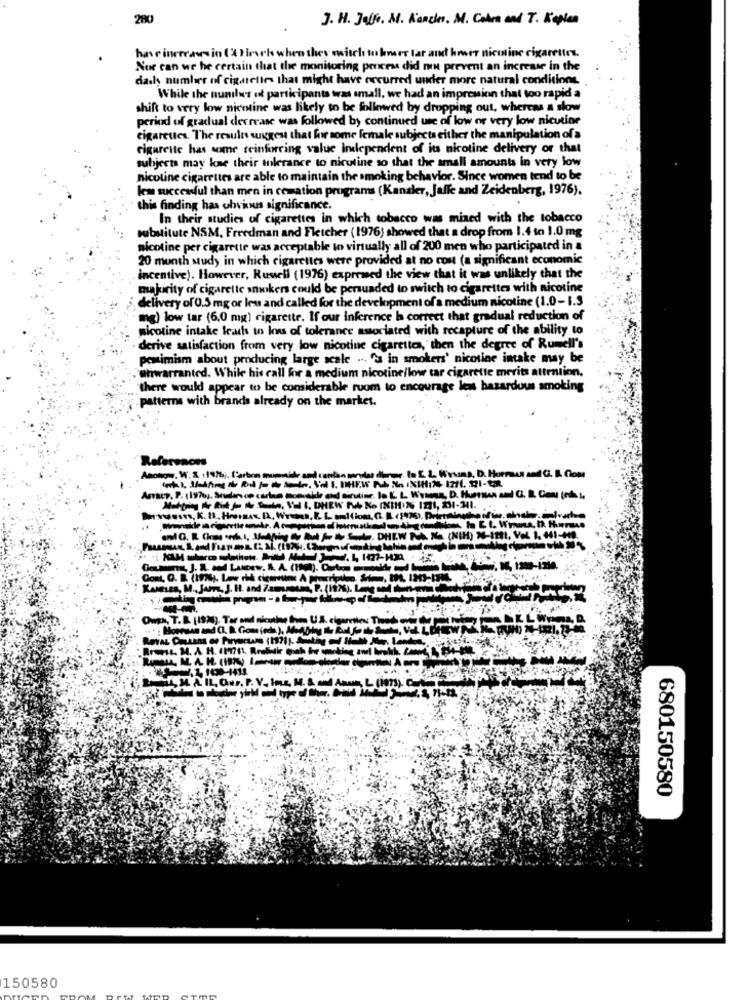
280
J. H. Jaff. M. Kancler. M. Colon and T. Kopien
haseincreases in (A Hirsch when they switch to hner lar and hower nicotine cigarettes.
Nor can we he certain that the monitoring process did not prevent an increase in the
dash numbers of cigarettes that might have occurred under more natural conditions.
While the nunilwes of participants was small, we had an impression that too rapid a
shift to very low nicotine was likely to be followed by dropping out, whereas a slow
period of gradual decrease was followed by continued use of low or very low nicutine
cigarettes. The results suggest that for some female subjects either the manipulation of a
cigarette has some reinforcing value independent of its nicotine delivery or that
subject may lose their tolerance to nicotine so that the small amounts in very low
nicotine cigarettes are able to maintain the smoking behavior. Since women tend to be
lem successful than men in cemation programs (Kanaler, Jaffe and Zeidenberg, 1976).
this finding has obvious significance.
In their studies of cigarettes in which tobacco was mixed with the tobacco
substitute NSM, Freedman and Fletcher (1976) showed that a drop from 1.4 to 1.0 mg
nicotine per cigarette was acceptable to virtually all of 200 men who participated in a
20 month study in which cigarettes were provided at no cost (a significant economic
incentive). However, Russell (1976) expressed the view that it was unlikely that the
majority of cigarette smokers could be persuaded to switch to cigarettes with nicotine
delivery of 0.5 mg or less and called for the development of a medium nicotine (1.0- 1.3
mg) low tar (6.0 mg) cigarette. If our inference la correct that gradual reduction of
nicotine intake leads to loss of tolerance associated with recapture of the ability to
derive satisfaction from very low nicotine cigarettes, then the degree of Rumell's
pomimism about producing large scale ... "s in smokers' nicotine intake may be
@tiwarranted. While his call for a medium nicotine/low tar cigarette merits attrition,
there would appear to be considerable ruom to encourage lens hazardous smoking
patterns with brands already on the market.
Anonow, W.S. 11976). Carbon mummide amt
ysans, D. Hormon and G. B. Com
Amary. P. (1976). Studers ce carina motvalde and sin
6 INDIDN 121, 51-341.
Kanses, M ., Jam, J. H. and 7.amameen, P. (1974). L
MAT.L
11920).
LE, M.
680150580
150580